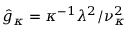
\hat { g } _ { \kappa } = \kappa ^ { - 1 } \lambda ^ { 2 } / \nu _ { \kappa } ^ { 2 }